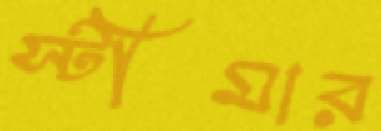
স্টীমার